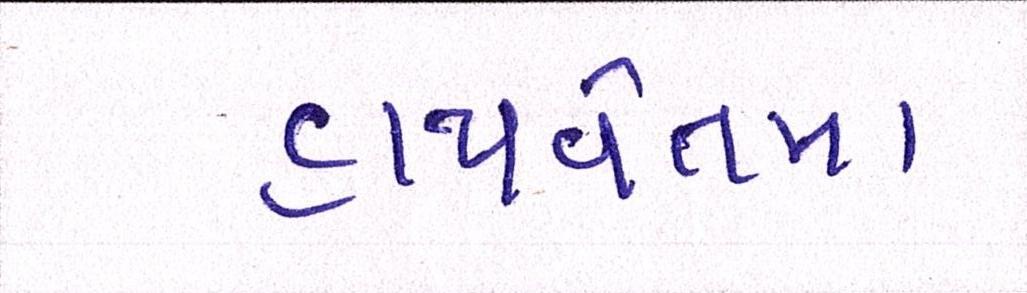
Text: હાથવેતમા